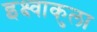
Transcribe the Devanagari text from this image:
इक्ष्वाकुला